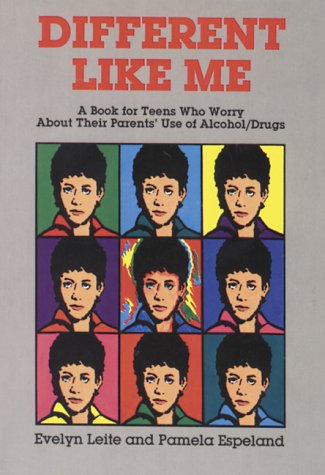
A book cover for Different Like Me: A Book for Teens Who Worry about Their Parents Use of Alcohol/Drugs; Evelyn Leite; Teen & Young Adult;